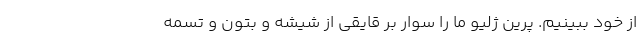
از خود ببینیم. پرین ژلیو ما را سوار بر قایقی از شیشه و بتون و تسمه